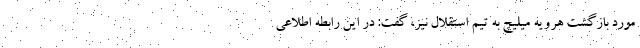
مورد بازگشت هرویه میلیچ به تیم استقلال نیز، گفت: در این رابطه اطلاعی